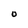
Character: O